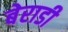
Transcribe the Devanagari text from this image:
बेराडी